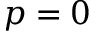
p = 0